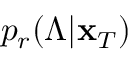
p _ { r } ( \Lambda | \mathbf { x } _ { T } )